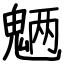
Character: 魉